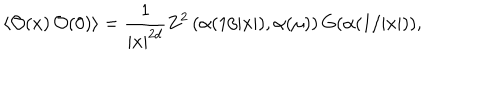
LaTeX: \langle { \cal O } ( x ) \, { \cal O } ( 0 ) \rangle = { \frac { 1 } { | x | ^ { 2 d } } } Z ^ { 2 } \left( \alpha ( 1 / | x | ) , \alpha ( \mu ) \right) G ( \alpha ( 1 / | x | ) ) ,